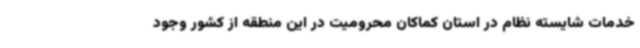
خدمات شایسته نظام در استان کماکان محرومیت در این منطقه از کشور وجود